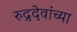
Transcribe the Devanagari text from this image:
रुद्रदेवांच्या